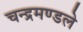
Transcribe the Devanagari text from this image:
चन्द्रमण्डले